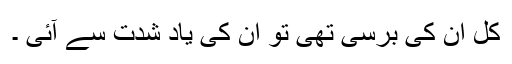
کل ان کی برسی تھی تو ان کی یاد شدت سے آئی ۔